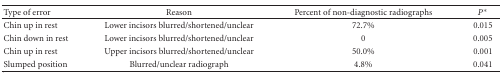
| Type of error | Reason | Percent of non-diagnostic radiographs | P* |
 | --- | --- | --- | --- |
 | Chin up in rest | Lower incisors blurred/shortened/unclear | 72.7% | 0.015 |
 | Chin down in rest | Lower incisors blurred/shortened/unclear | 0 | 0.005 |
 | Chin up in rest | Upper incisors blurred/shortened/unclear | 50.0% | 0.001 |
 | Slumped position | Blurred/unclear radiograph | 4.8% | 0.041 |